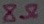
Text: 8Ω